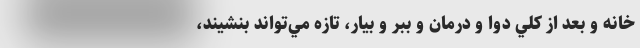
خانه و بعد از كلي دوا و درمان و ببر و بيار، تازه مي‌تواند بنشيند،